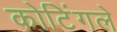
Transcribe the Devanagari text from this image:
कोटिंगले